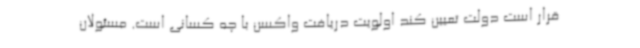
قرار است دولت تعیین کند اولویت دریافت واکسن با چه کسانی است. مسئولان